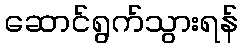
ဆောင်ရွက်သွားရန်